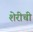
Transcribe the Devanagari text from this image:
शेरीची